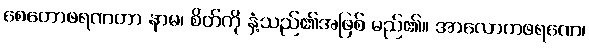
စေတောဖရဏတာ နာမ၊ စိတ်ကို နှံ့သည်၏အဖြစ် မည်၏။ အာလောကဖရဏေ၊